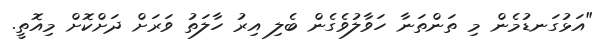
"އަޅުގަނޑުމެން މި ތަންތަނާ ހަވާލުވެގެން ބެލި އިރު ހާލަތު ވަރަށް ދަށްކޮށް މިއޮތީ.